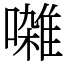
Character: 𫝜